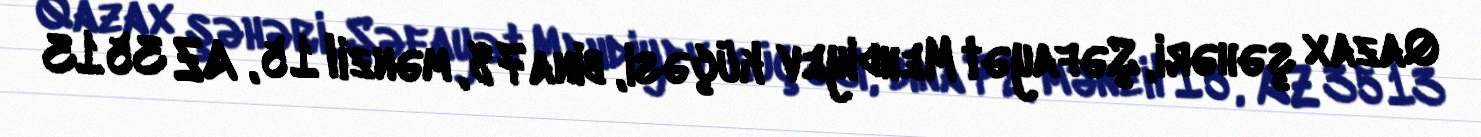
Qazax şəhəri, Şəfayət Mehdiyev küçəsi, bina 78, mənzil 15, AZ 3513